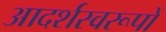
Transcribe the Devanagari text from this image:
आदर्शस्वरूपों